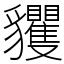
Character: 貜